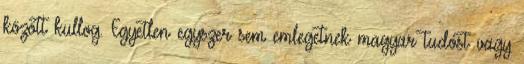
között kullog. Egyetlen egyszer sem emlegetnek magyar tudóst vagy